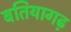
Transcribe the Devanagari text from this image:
बतियागढ़